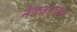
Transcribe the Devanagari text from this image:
नेत्रजनचक्र